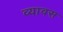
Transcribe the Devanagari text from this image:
व्यावस